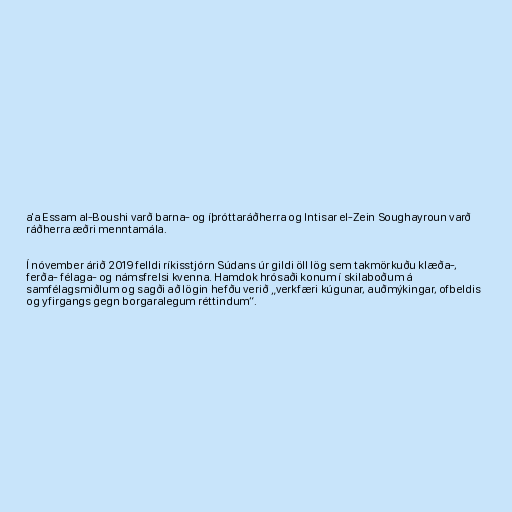
a'a Essam al-Boushi varð barna- og íþróttaráðherra og Intisar el-Zein Soughayroun varð
ráðherra æðri menntamála.

Í nóvember árið 2019 felldi ríkisstjórn Súdans úr gildi öll lög sem takmörkuðu klæða-,
ferða- félaga- og námsfrelsi kvenna. Hamdok hrósaði konum í skilaboðum á
samfélagsmiðlum og sagði að lögin hefðu verið „verkfæri kúgunar, auðmýkingar, ofbeldis
og yfirgangs gegn borgaralegum réttindum“.